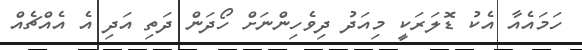
ހަމައެއާ އެކު ޑޮލަރަކީ މިއަދު ދިވެހިންނަށް ހޯދަން ދަތި އަދި އެ އެއްޗެއް